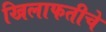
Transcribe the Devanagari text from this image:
खिलाफतीचे